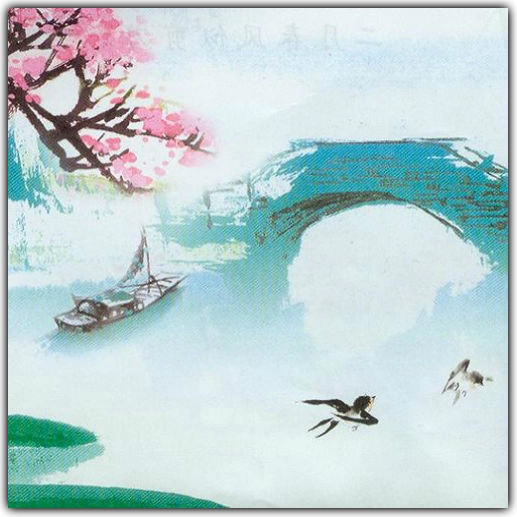
湖南为客动经春，燕子衔泥两度新。